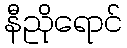
နီညိုရောင်